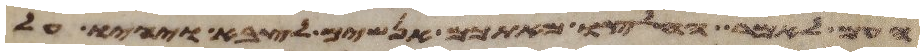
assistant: העם לאמר החליצו מאתכם אנשים לצבא ויהיו על